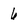
Character: 6